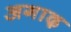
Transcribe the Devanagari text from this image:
अगाढ़